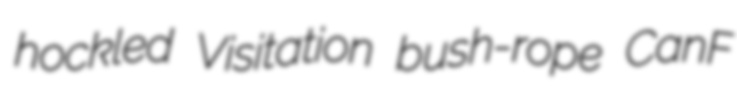
hockled Visitation bush-rope CanF